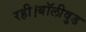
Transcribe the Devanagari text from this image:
रही।बॉलीवुड